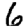
Digit: 6